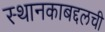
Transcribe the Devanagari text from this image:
स्थानकाबद्दलची